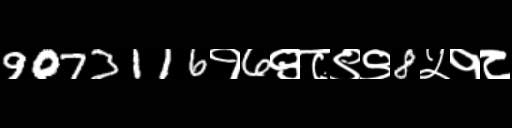
Text: 9073116१6९८९९8५१८